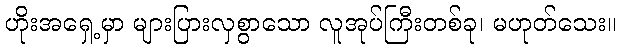
ဟိုးအရှေ့မှာ များပြားလှစွာသော လူအုပ်ကြီးတစ်ခု၊ မဟုတ်သေး။